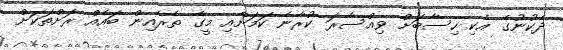
ދެކުނުގެ އެކި ހިސާބަށް ވިއްސާރަ ކުރާނެ ކަމަށާއި މީގެ ތެރެއިން ބައެއް ރަށްތަކަށް